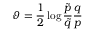
\vartheta = { \frac { 1 } { 2 } } \log { { \frac { \tilde { p } } { \tilde { q } } } { \frac { q } { p } } }